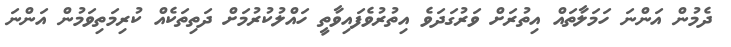
ދެމުން އަންނަ ހަމަލާތައް އިތުރަށް ވަރުގަދަވެ އިތުރުވެފައިވާތީ ހައްލުކުރުމަށް ދަތިތަކެއް ކުރިމަތިވަމުން އަންނަ